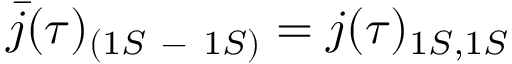
\bar { j } ( \tau ) _ { ( 1 S \mathrm { ~ - ~ } 1 S ) } = j ( \tau ) _ { 1 S , 1 S }